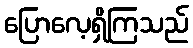
ပြောလေ့ရှိကြသည်